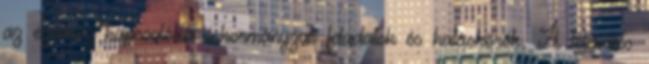
az ezekhez kapcsolódó önkormányzati feladatok és hatáskörök. A település